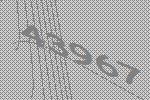
43967